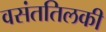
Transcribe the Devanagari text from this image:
वसंततिलकी